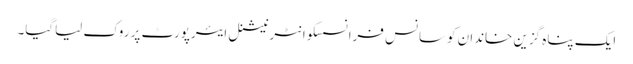
ایک پناہ گزین خاندان کوسانس فرانسسکوانٹرنیشنل ایئرپورٹ پر روک لیاگیا۔